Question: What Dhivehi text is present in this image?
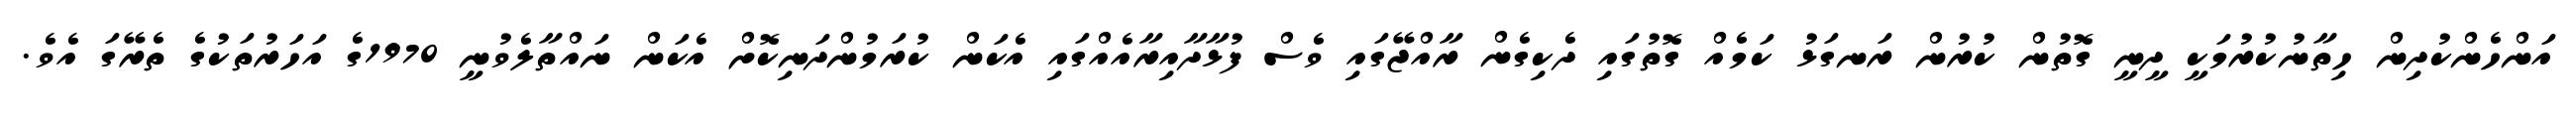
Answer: އަންހެންކުދިން ހިތާނުކުރުމަކީ ދީނީ ގޮތުން ކުރުން ރަނގަޅު ކަމެއް ގޮތުގައި ދެކިގެން ރާއްޖޭގައި ވެސް ފުޅާދާއިރާއެއްގައި އެކަން ކުރަމުންދަނިކޮށް އެކަން ނައްތާލެވުނީ 1970ގެ އަހަރުތަކުގެ ތެރޭގަ އެވެ.